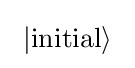
~|{\rm {initial}}\rangle ~